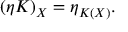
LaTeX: ( \eta K ) _ { X } = \eta _ { K ( X ) } .